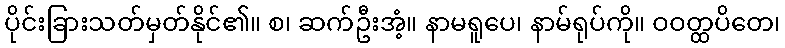
ပိုင်းခြားသတ်မှတ်နိုင်၏။ စ၊ ဆက်ဦးအံ့။ နာမရူပေ၊ နာမ်ရုပ်ကို။ ဝဝတ္ထပိတေ၊